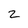
Character: 2